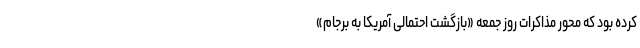
کرده بود که محور مذاکرات روز جمعه «بازگشت احتمالی آمریکا به برجام»